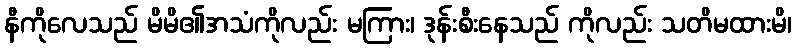
နီကိုလေသည် မိမိ၏အသံကိုလည်း မကြား၊ ဒုန်းစီးနေသည် ကိုလည်း သတိမထားမိ၊